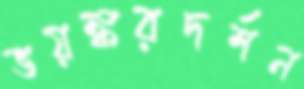
ভয়ঙ্করদর্শন